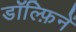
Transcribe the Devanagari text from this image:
डॉल्फ़िनें